Vaccination in Burma 1912-1922 - 1912-1922
Year: 1912
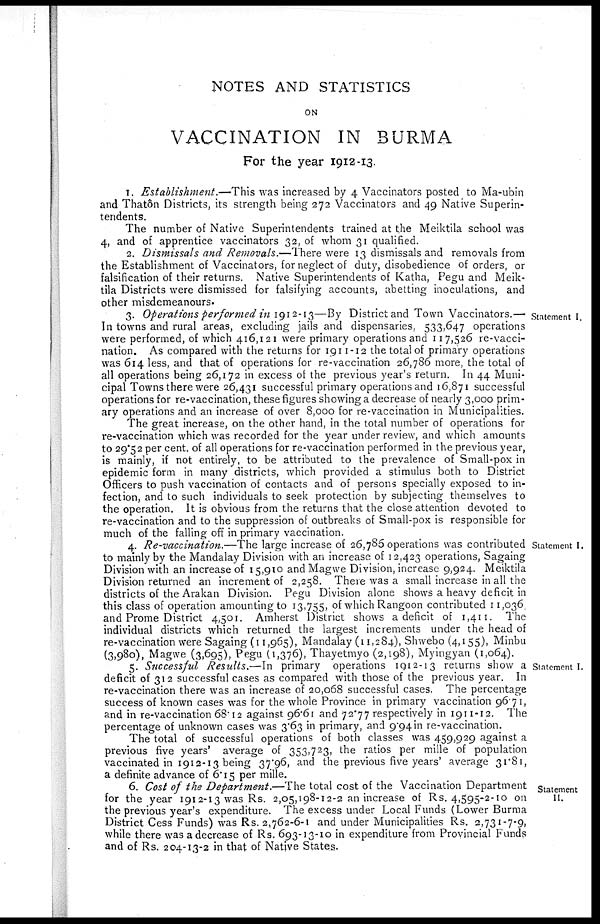
NOTES AND STATISTICS
ON
VACCINATION IN BURMA
For the year 1912-13.
1. Establishment.—This was increased by 4 Vaccinators posted to Ma-ubin
and Thatôn Districts, its strength being 272 Vaccinators and 49 Native Superin-
tendents.
The number of Native Superintendents trained at the Meiktila school was
4, and of apprentice vaccinators 32, of whom 31 qualified.
2. Dismissals and Removals.—There were 13 dismissals and removals from
the Establishment of Vaccinators, for neglect of duty, disobedience of orders, or
falsification of their returns. Native Superintendents of Katha, Pegu and Meik-
tila Districts were dismissed for falsifying accounts, abetting inoculations, and
other misdemeanours.
Statement I.
3. Operations performed in 1912-13—By District and Town Vaccinators.—
In towns and rural areas, excluding jails and dispensaries, 533,647 operations
were performed, of which 416,121 were primary operations and 117,526 re-vacci-
nation. As compared with the returns for 1911-12 the total of primary operations
was 614 less, and that of operations for re-vaccination 26,786 more, the total of
all operations being 26,172 in excess of the previous year's return. In 44 Muni-
cipal Towns there were 26,431 successful primary operations and 16,871 successful
operations for re-vaccination, these figures showing a decrease of nearly 3,000 prim-
ary operations and an increase of over 8,000 for re-vaccination in Municipalities.
The great increase, on the other hand, in the total number of operations for
re-vaccination which was recorded for the year under review, and which amounts
to 29.52 per cent. of all operations for re-vaccination performed in the previous year,
is mainly, if not entirely, to be attributed to the prevalence of Small-pox in
epidemic form in many districts, which provided a stimulus both to District
Officers to push vaccination of contacts and of persons specially exposed to in-
fection, and to such individuals to seek protection by subjecting themselves to
the operation. It is obvious from the returns that the close attention devoted to
re-vaccination and to the suppression of outbreaks of Small-pox is responsible for
much of the falling off in primary vaccination.
Statement I.
4. Re-vaccination.—The large increase of 26,786 operations was contributed
to mainly by the Mandalay Division with an increase of 12,423 operations, Sagaing
Division with an increase of 15,910 and Magwe Division, increase 9,924. Meiktila
Division returned an increment of 2,258. There was a small increase in all the
districts of the Arakan Division. Pegu Division alone shows a heavy deficit in
this class of operation amounting to 13,755, of which Rangoon contributed 11,036.
and Prome District 4,501. Amherst District shows a deficit of 1,411. The
individual districts which returned the largest increments under the head of
re-vaccination were Sagaing (11,965), Mandalay (11,284), Shwebo (4,155), Minbu
(3,980), Magwe (3,695), Pegu (1,376), Thayetmyo (2,198), Myingyan (1,064).
Statement I.
5. Successful Results.—In primary operations 1912-13 returns show a
deficit of 312 successful cases as compared with those of the previous year. In
re-vaccination there was an increase of 20,068 successful cases. The percentage
success of known cases was for the whole Province in primary vaccination 96.71,
and in re-vaccination 68.12 against 96.61 and 72.77 respectively in 1911-12. The
percentage of unknown cases was 3.63 in primary, and 9.94 in re-vaccination.
The total of successful operations of both classes was 459,929 against a
previous five years' average of 353,723, the ratios per mille of population
vaccinated in 1912-13 being 37.96, and the previous five years' average 31.81,
a definite advance of 6. 15 per mille.
Statement
II.
6. Cost of the Department.—The total cost of the Vaccination Department
for the year 1912-13 was Rs. 2,05,198-12-2 an increase of Rs. 4,595-2-10 on
the previous year's expenditure. The excess under Local Funds (Lower Burma
District Cess Funds) was Rs. 2,762-6-1 and under Municipalities Rs. 2,731-7-9,
while there was a decrease of Rs. 693-13-10 in expenditure from Provincial Funds
and of Rs. 204-13-2 in that of Native States.